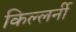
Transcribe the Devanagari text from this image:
किल्लर्नी